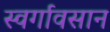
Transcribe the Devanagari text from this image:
स्वर्गावसान